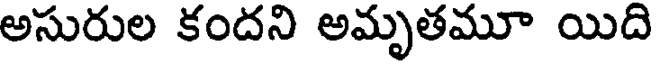
అసురుల కందని అమృతమూ యిది